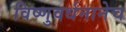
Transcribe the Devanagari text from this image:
विष्णुवर्धनानेच